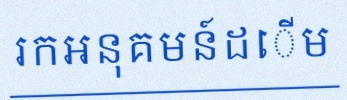
រកអនុគមន៍ដើម